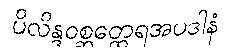
ပိလိန္ဒဝစ္ဆတ္ထေရအပဒါနံ